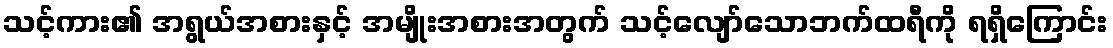
သင့်ကား၏ အရွယ်အစားနှင့် အမျိုးအစားအတွက် သင့်လျော်သောဘက်ထရီကို ရရှိကြောင်း